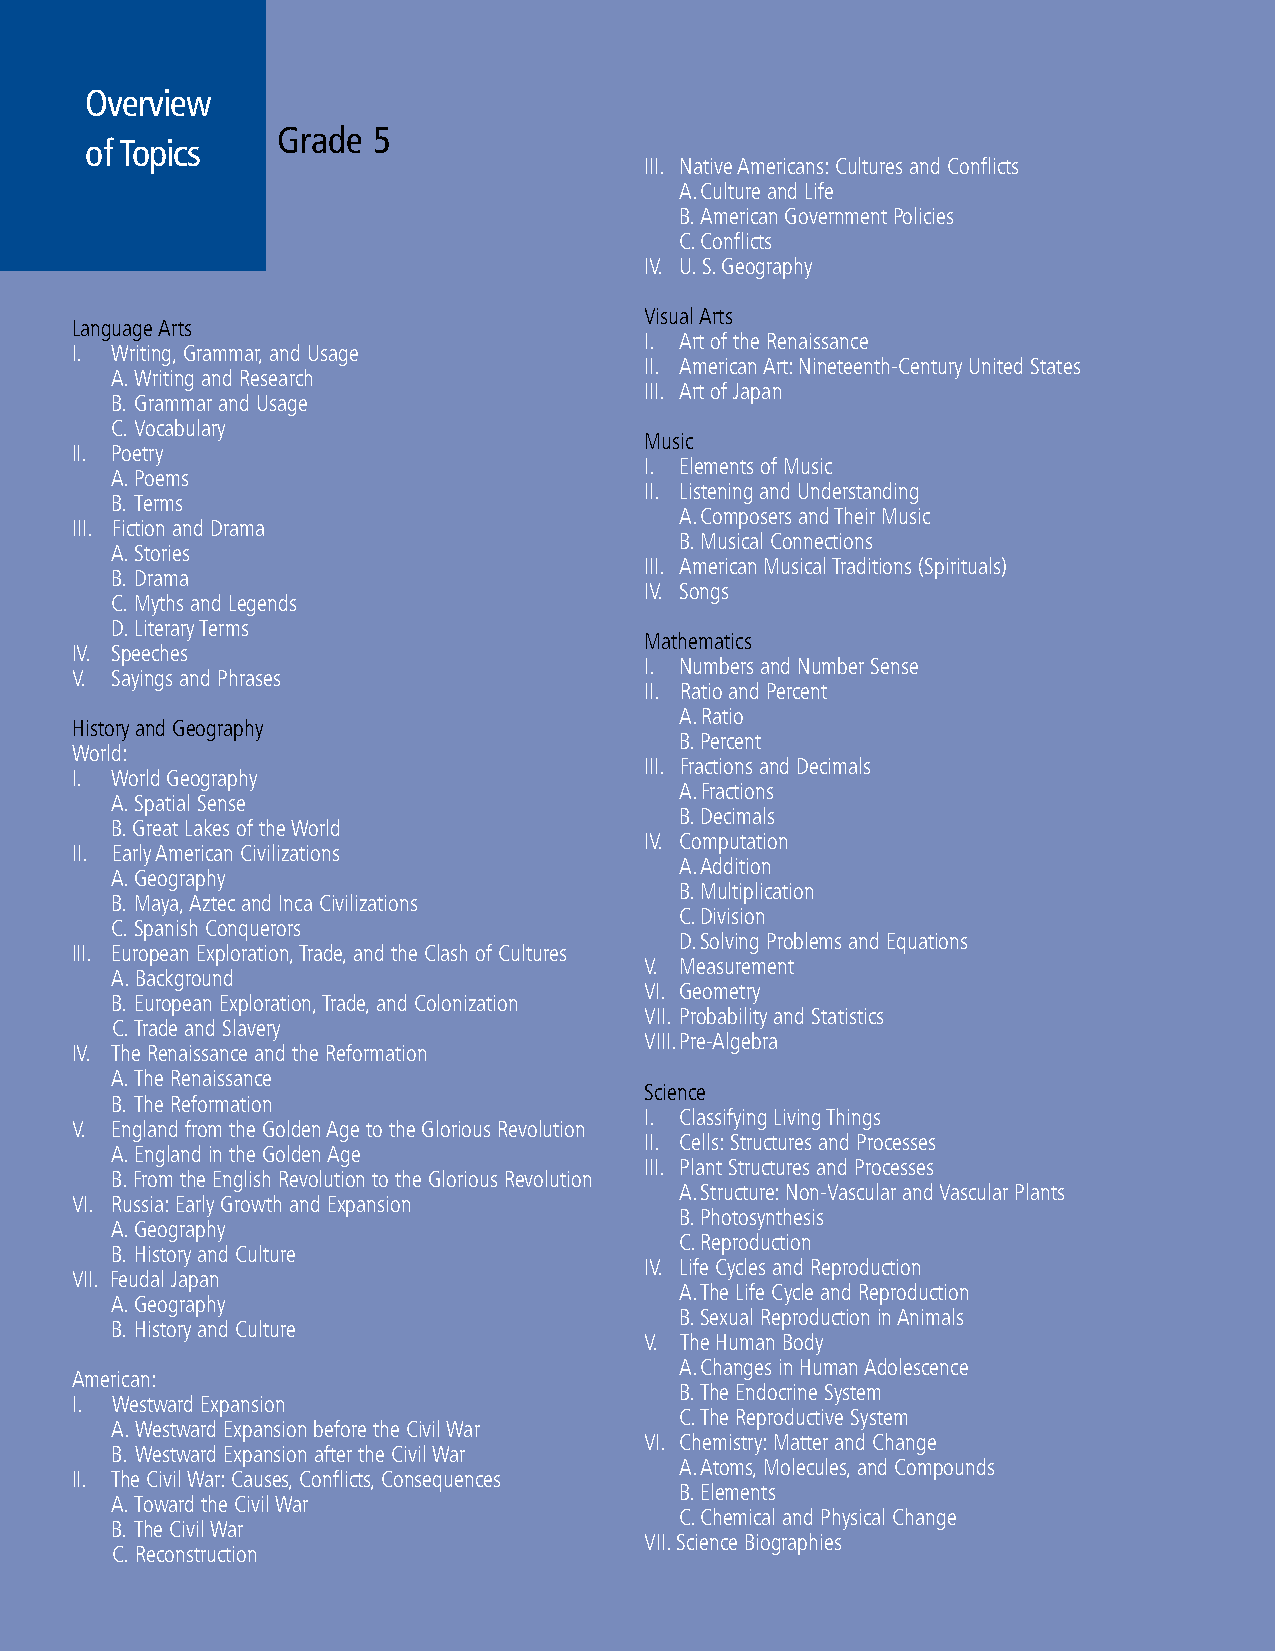
Overview
 Grade  5
 of Topics
 III. Native Americans: Cultures and Conflicts
 A. Culture and Life
 B. American Government Policies
 C. Conflicts
 IV. U. S. Geography
 Visual Arts
 Language Arts
 I. Art of the Renaissance
 I. Writing, Grammar, and Usage
 II. American Art: Nineteenth-Century United States
 A. Writing and Research
 III. Art of Japan
 B. Grammar and Usage
 C. Vocabulary
 Music
 II. Poetry
 I. Elements of Music
 A. Poems
 II. Listening and Understanding
 B. Terms
 A. Composers and Their Music
 III. Fiction and Drama
 B. Musical Connections
 A. Stories
 III. American Musical Traditions (Spirituals)
 B. Drama
 IV. Songs
 C. Myths and Legends
 D. Literary Terms
 Mathematics
 IV. Speeches
 I. Numbers and Number Sense
 V. Sayings and Phrases
 II. Ratio and Percent
 A. Ratio
 History and Geography
 B. Percent
 World:
 III. Fractions and Decimals
 I. World Geography
 A. Fractions
 A. Spatial Sense
 B. Decimals
 B. Great Lakes of the World
 IV. Computation
 II. Early American Civilizations
 A. Addition
 A. Geography
 B. Multiplication
 B. Maya, Aztec and Inca Civilizations
 C. Division
 C. Spanish Conquerors
 D. Solving Problems and Equations
 III. European Exploration, Trade, and the Clash of Cultures
 V. Measurement
 A. Background
 VI. Geometry
 B. European Exploration, Trade, and Colonization
 VII. Probability and Statistics
 C. Trade and Slavery
 VIII. Pre-Algebra
 IV. The Renaissance and the Reformation
 A. The Renaissance
 Science
 B. The Reformation
 I. Classifying Living Things
 V. England from the Golden Age to the Glorious Revolution
 II. Cells: Structures and Processes
 A. England in the Golden Age
 III. Plant Structures and Processes
 B. From the English Revolution to the Glorious Revolution
 A. Structure: Non-Vascular and Vascular Plants
 VI. Russia: Early Growth and Expansion
 B. Photosynthesis
 A. Geography
 C. Reproduction
 B. History and Culture
 IV. Life Cycles and Reproduction
 VII. Feudal Japan
 A. The Life Cycle and Reproduction
 A. Geography
 B. Sexual Reproduction in Animals
 B. History and Culture
 V. The Human Body
 A. Changes in Human Adolescence
 American:
 B. The Endocrine System
 I. Westward Expansion
 C. The Reproductive System
 A. Westward Expansion before the Civil War
 VI. Chemistry: Matter and Change
 B. Westward Expansion after the Civil War
 A. Atoms, Molecules, and Compounds
 II. The Civil War: Causes, Conflicts, Consequences
 B. Elements
 A. Toward the Civil War
 C. Chemical and Physical Change
 B. The Civil War
 VII. Science Biographies
 C. Reconstruction